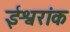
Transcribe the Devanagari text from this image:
ईश्वरांक